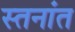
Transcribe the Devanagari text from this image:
स्तनांत